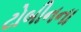
ટોબીનના